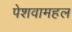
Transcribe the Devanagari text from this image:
पेशवामहल